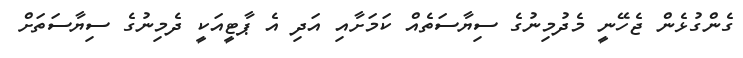
ގެންގުޅެން ޖެހޭނީ މެދުމިނުގެ ސިޔާސަތެއް ކަމަށާއި އަދި އެ ޕާޓީއަކީ ދެމިނުގެ ސިޔާސަތަށް